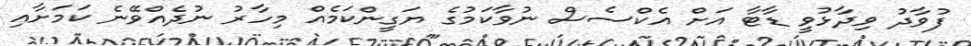
ފުވާދު ވިދާޅުވީ ޑާޓާ އަށް އެކްސެސް ނުވާކަމުގެ ޔަގީންކަމެއް މިހާރު ނުދެއްވޭނެ ކަމަށާއި